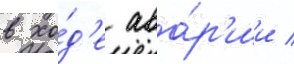
в хо́д'е ава́р'ии /